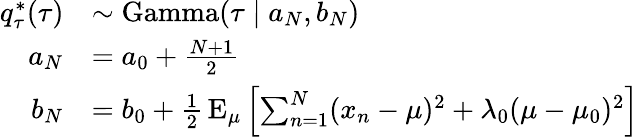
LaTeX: {\begin{array}{rl}{q_{\tau}^{*}(\tau)}&{\sim\operatorname{Gamma}(\tau\mid a_{N},b_{N})}\\ {a_{N}}&{=a_{0}+{\frac{N+1}{2}}}\\ {b_{N}}&{=b_{0}+{\frac{1}{2}}\operatorname{E}_{\mu}\left[\sum_{n=1}^{N}(x_{n}-\mu)^{2}+\lambda_{0}(\mu-\mu_{0})^{2}\right]}\end{array}}